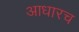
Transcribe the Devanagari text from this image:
आधारच